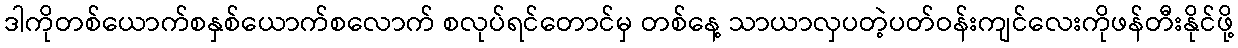
ဒါကိုတစ်ယောက်စနှစ်ယောက်စလောက် စလုပ်ရင်တောင်မှ တစ်နေ့ သာယာလှပတဲ့ပတ်ဝန်းကျင်လေးကိုဖန်တီးနိုင်ဖို့